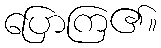
ပြောကြ၏။